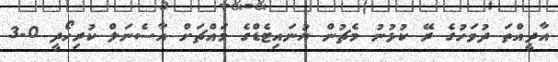
އާދީއްތަ ދުވަހުގެ ރޭ ކުޅުނު މެޗުން ޔުނައިޓެޑްގެ މައްޗަށް އާސެނަލް ކުރިހޯދީ 0-3